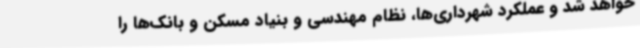
خواهد شد و عملکرد شهرداری‌ها، نظام مهندسی و بنیاد مسکن و بانک‌ها را